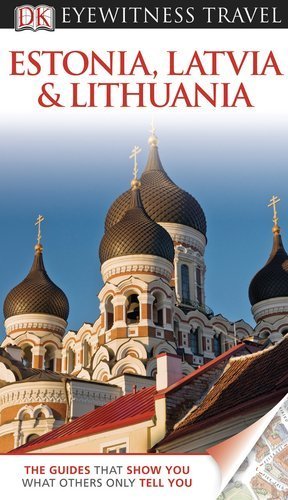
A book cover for Estonia, Latvia, and Lithuania (EYEWITNESS TRAVEL GUIDE) by Bousfield, Jonathan, Oates, John, Jarvis, Howard, Ochser, Ti (2011) Paperback; Jonathan, Oates, John, Jarvis, Howard, Ochser, Ti Bousfield; Travel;